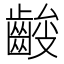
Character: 𱌞